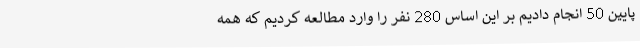
پایین 50 انجام دادیم بر این اساس 280 نفر را وارد مطالعه کردیم که همه